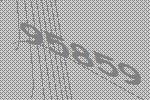
95859